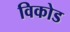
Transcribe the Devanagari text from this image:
विकोड